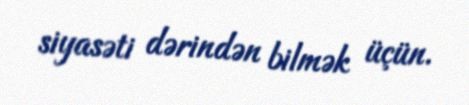
siyasəti dərindən bilmək üçün.